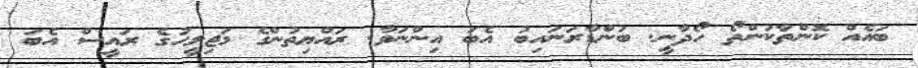
ބައެއް ކޮންތާކުންތޯ ހޯދާނީ. ބަންޑާރަނައިބު އެބަ އިންނަވާ. ރައްޔިތުންގެ މަޖިލީހުގެ ރައީސް އެބަ